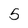
Character: 5